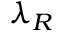
\lambda _ { R }